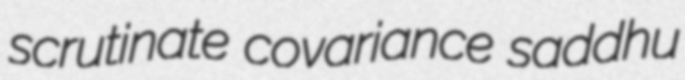
scrutinate covariance saddhu